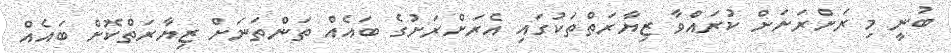
ބުނީ މި ރަށްރަށަށް ކުރައްވާ ޒިޔާރަތްތަކުގައި އެރަށްރަށުގެ ބައެއް ތަންތަނަށް ޒިޔާރަތްކޮށް ބައެއް